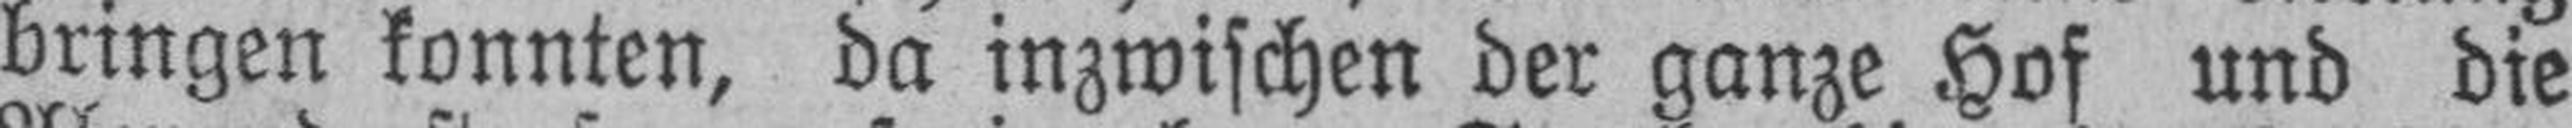
bringen konnten, da inzwischen der ganze Hof und die